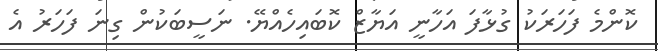
ކޮންމެ ފަހަރަކު ގުޅާފަ އަހާނީ އަޔާޒް ކޮބައިހެއްޔޭ. ނަސީބަކުން ގިނަ ފަހަރު އެ